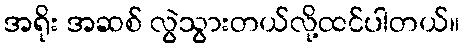
အရိုး အဆစ် လွဲသွားတယ်လို့ထင်ပါတယ်။